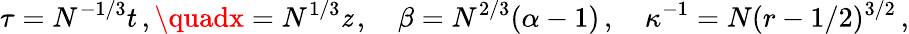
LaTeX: \tau=N^{-1/3}t\, ,\quadx=N^{1/3}\mathit{z}\, ,\quad\beta=N^{2/3}(\alpha-1)\, ,\quad\kappa^{-1}=N(r-1/2)^{3/2}\, ,